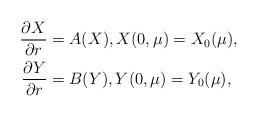
LaTeX: \begin{align*}\frac{\partial X}{\partial r}&=A(X), X(0,\mu)=X_0(\mu), \\\frac{\partial Y}{\partial r}&=B(Y), Y(0,\mu)=Y_0(\mu),\end{align*}